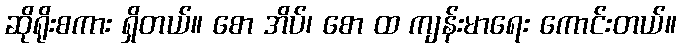
ဆိုရိုးစကား ရှိတယ်။ စော အိပ်၊ စော ထ ကျန်းမာရေး ကောင်းတယ်။